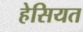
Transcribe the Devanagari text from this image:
हेसियत